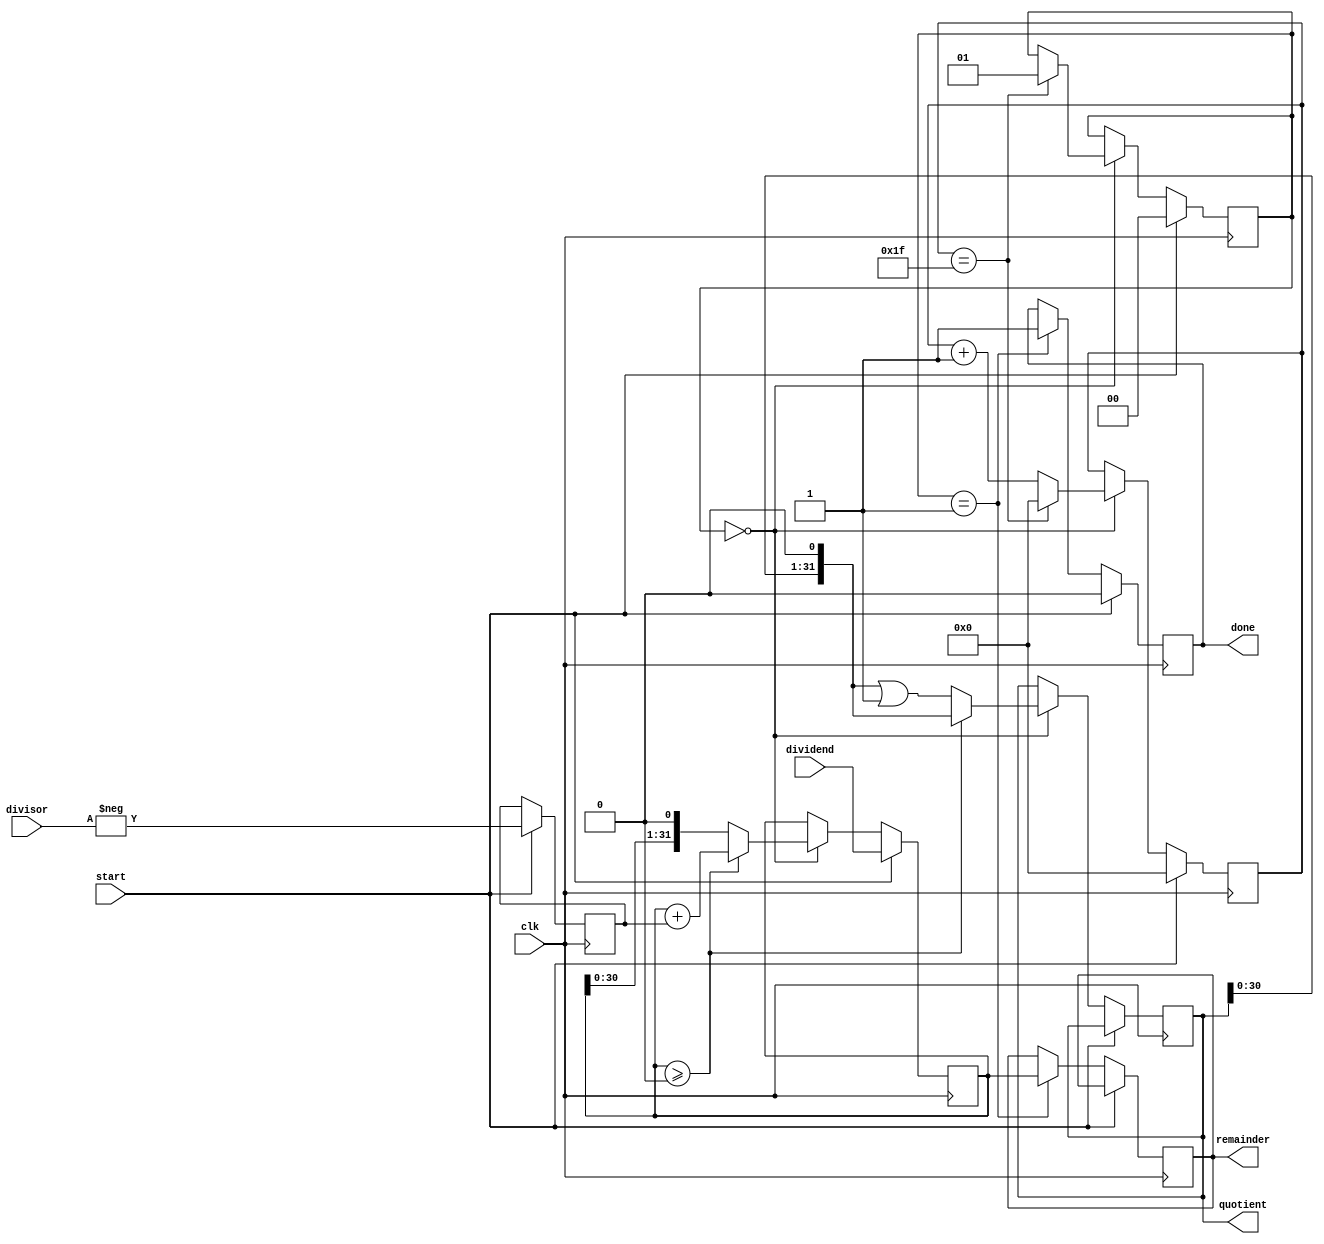
module radix2_srt_divider (
    input clk,
    input start,
    input signed [31:0] dividend,
    input signed [31:0] divisor,
    output reg [31:0] quotient,
    output reg [31:0] remainder,
    output reg done
);

reg [5:0] count;
reg signed [31:0] partial_remainder;
reg signed [31:0] neg_divisor;
reg [1:0] state;

always @ (posedge clk) begin
    if (start) begin
        count <= 0;
        partial_remainder <= dividend;
        neg_divisor <= -divisor;
        state <= 0;
        done <= 0;
    end
    else begin
        case (state)
            0: begin
                partial_remainder <= partial_remainder << 1;
                if (partial_remainder >= 0) begin
                    partial_remainder <= partial_remainder + neg_divisor;
                    quotient <= quotient << 1;
                end
                else begin
                    quotient <= quotient << 1 | 1;
                end
                
                count <= count + 1;
                if (count == 31) begin
                    state <= 1;
                    count <= 0;
                end
            end
            1: begin
                remainder <= partial_remainder;
                done <= 1;
            end
        endcase
    end
end

endmodule